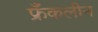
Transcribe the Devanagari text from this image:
फ्रँकलीन